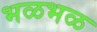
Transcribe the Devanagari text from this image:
भळभळ